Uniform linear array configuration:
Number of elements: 12
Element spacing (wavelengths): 0.25
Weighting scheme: hamming
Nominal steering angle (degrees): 30
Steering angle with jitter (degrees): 28.088
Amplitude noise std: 0.05
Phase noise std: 0.05

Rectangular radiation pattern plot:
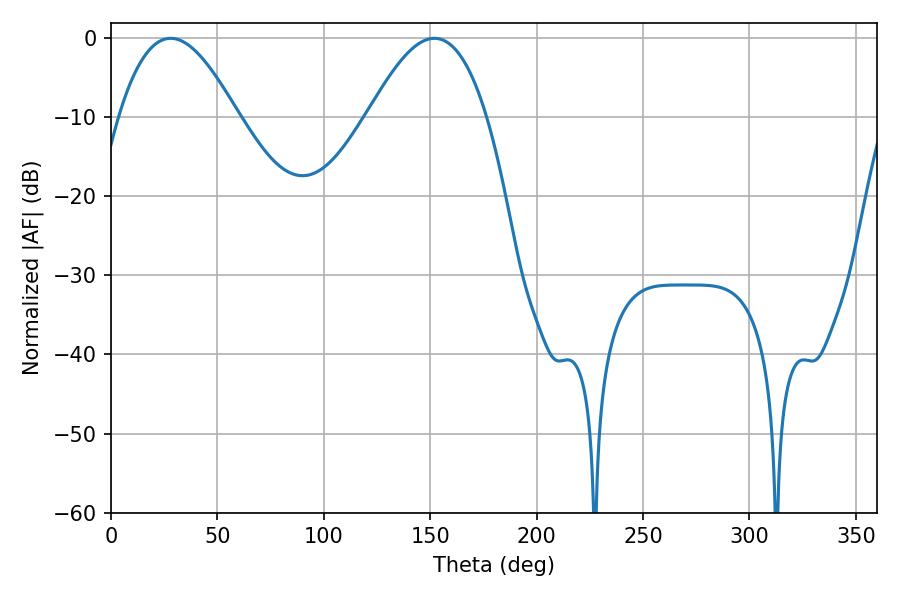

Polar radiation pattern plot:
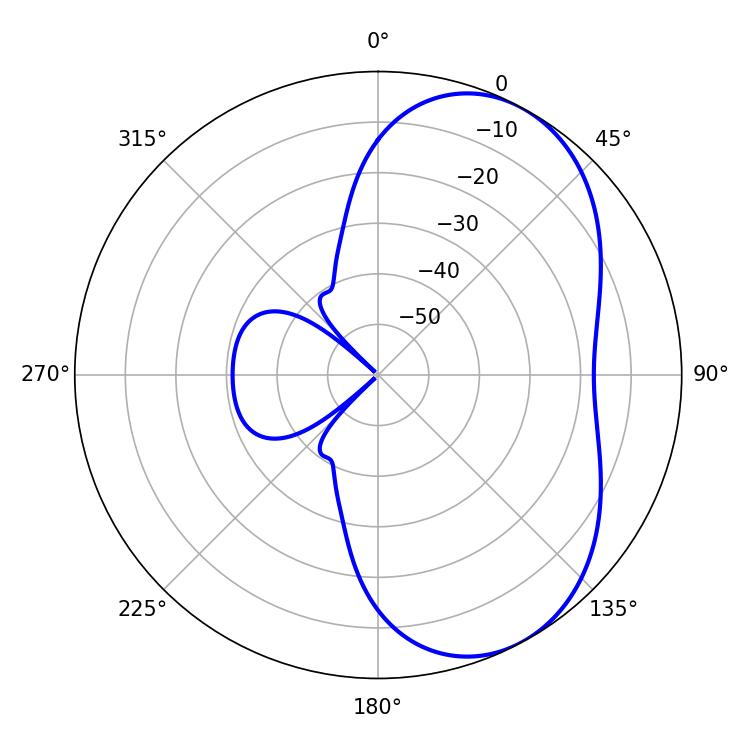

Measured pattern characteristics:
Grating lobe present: FALSE
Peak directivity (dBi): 5.349
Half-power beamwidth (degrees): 30.24
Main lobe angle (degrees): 28.08